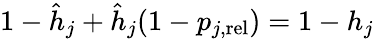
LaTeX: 1-\hat{h}_{j}+\hat{h}_{j}(1-p_{j,\mathrm{rel}})=1-h_{j}